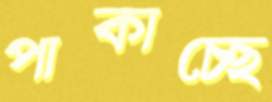
পাকাচ্ছে